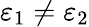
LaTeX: \varepsilon_{1}\ne\varepsilon_{2}